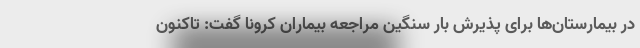
در بیمارستان‌ها برای پذیرش بار سنگین مراجعه بیماران کرونا گفت: تاکنون